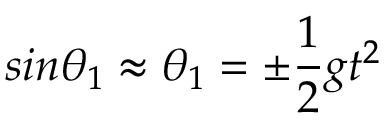
s i n \theta _ { 1 } \approx \theta _ { 1 } = \pm \frac { 1 } { 2 } g t ^ { 2 }